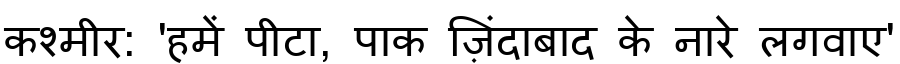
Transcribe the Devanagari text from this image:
कश्मीर: 'हमें पीटा, पाक ज़िंदाबाद के नारे लगवाए'